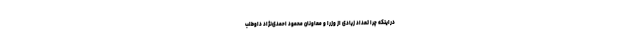
دراینکه چرا تعداد زیادی از وزرا و معاونان محمود احمدی‌نژاد داوطلب